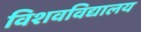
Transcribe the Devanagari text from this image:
विशवविद्यालय